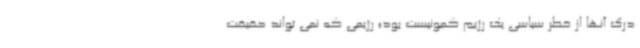
درک آنها از خطر سیاسی یک رژیم کمونیست بود؛ رژیمی که نمی تواند حقیقت